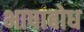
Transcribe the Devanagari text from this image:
भाषाबोध